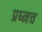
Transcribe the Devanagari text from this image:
प्रष्नच